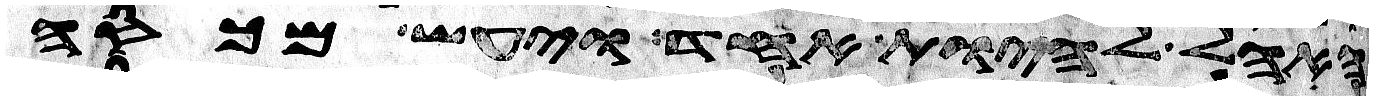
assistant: האהל להיות אחד ויעש מכסה